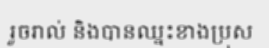
រួចរាល់ និងបានឈ្នះខាងប្រុស